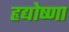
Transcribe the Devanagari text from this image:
हृद्योष्णा